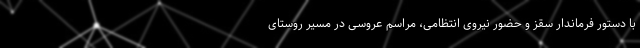
با دستور فرماندار سقز و حضور نیروی انتظامی، مراسم عروسی در مسیر روستای